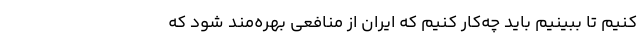
کنیم تا ببینیم باید چه‌کار کنیم که ایران از منافعی بهره‌مند شود که